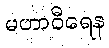
မဟာဝီရေန